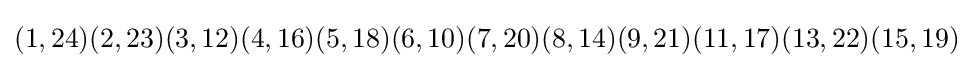
(1,24)(2,23)(3,12)(4,16)(5,18)(6,10)(7,20)(8,14)(9,21)(11,17)(13,22)(15,19)